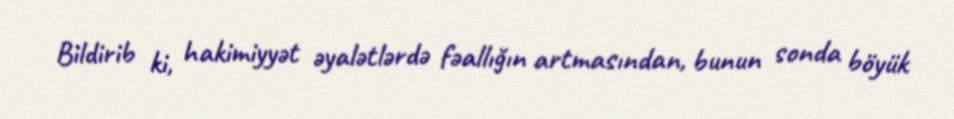
Bildirib ki, hakimiyyət əyalətlərdə fəallığın artmasından, bunun sonda böyük